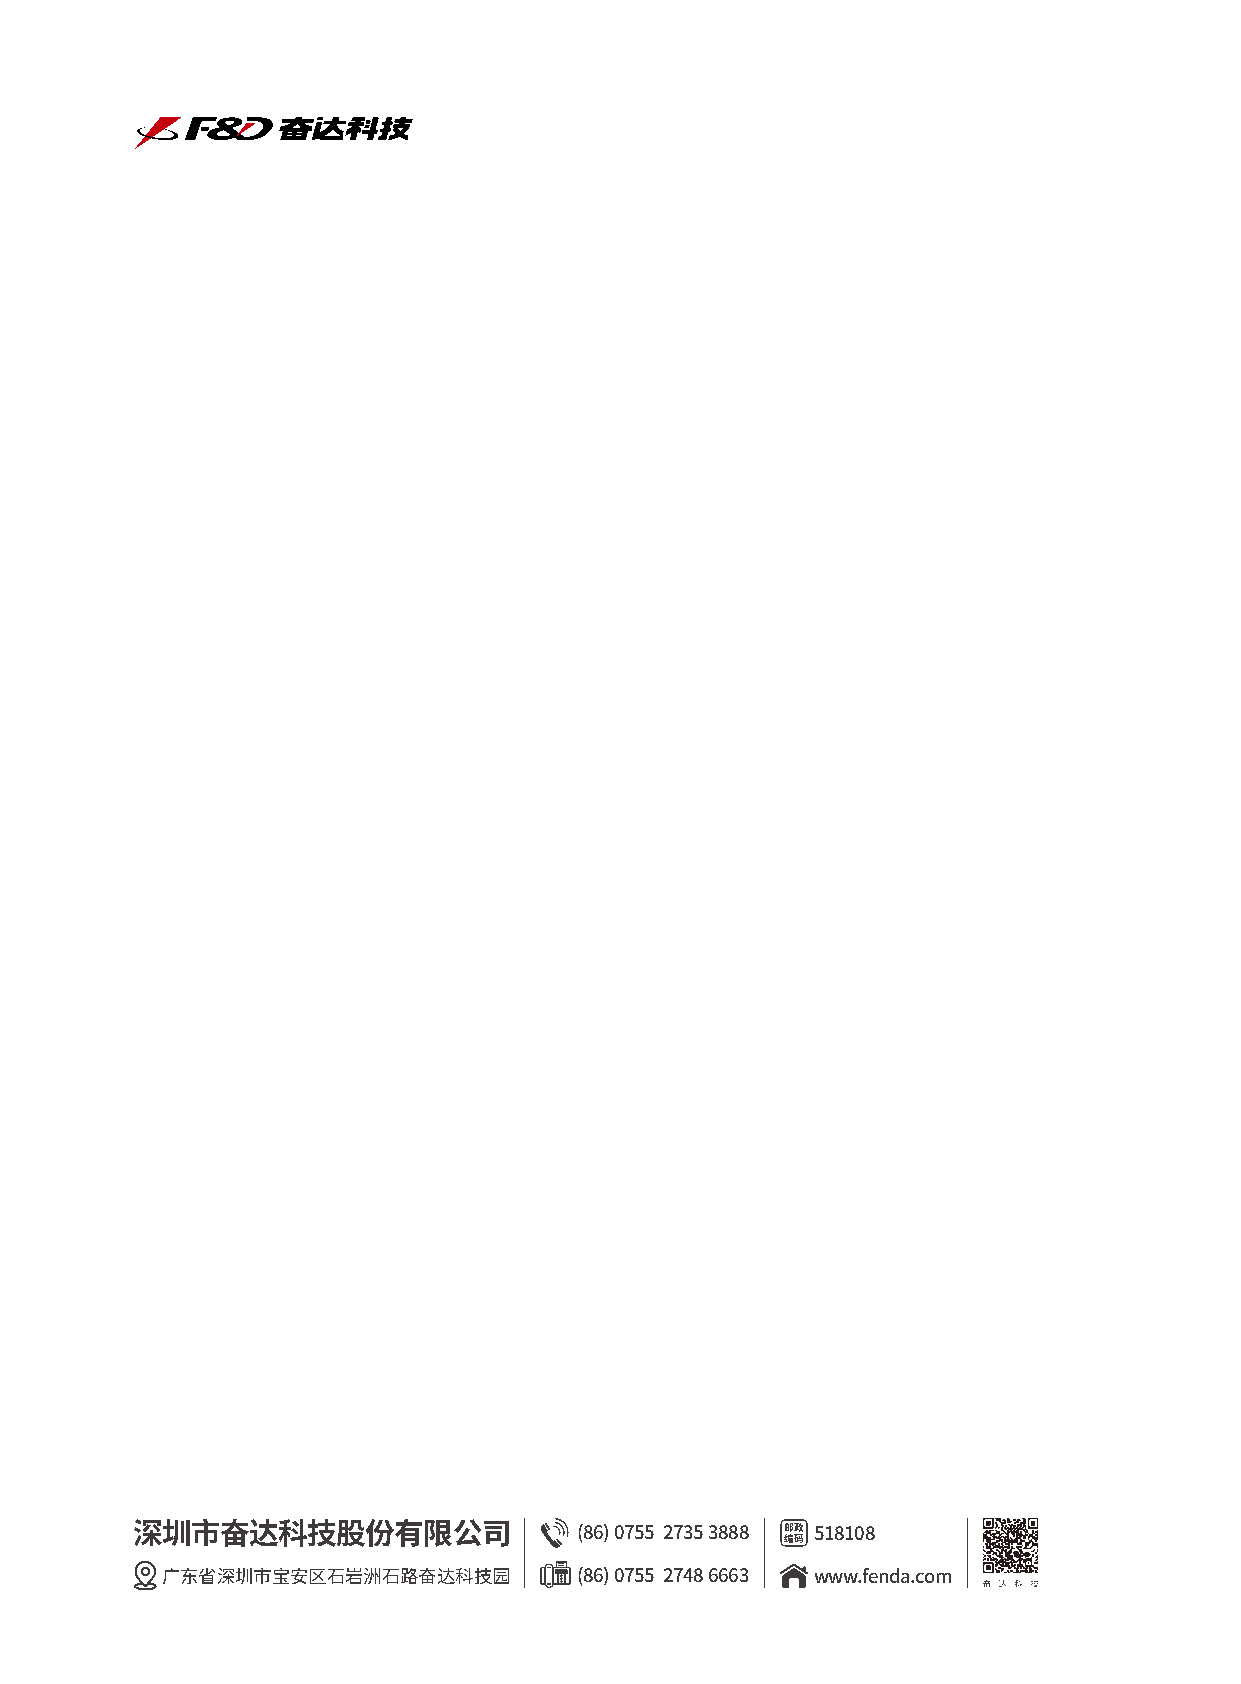
2020年
 第3季内刊
 尊重、诚信、创新，成就客户、成就企业、成就员工             奋达科技: 主营业务发展稳健   现金流充裕迎行业高景气周期
 Respect, integrity and innovation are the key elements to satisfy customers,
 to accomplish businesses and to fulfill employees. 业绩补偿增厚5.71亿利润总额 2020年盈利是大概率事件
 奋达科技董事长肖奋先生谈疫情之下电声企业现状与发展
 深圳市奋达科技股份有限公司                (86)075527353888 邮政 518108
 编码
 ⼴东省深圳市宝安区⽯岩洲⽯路奋达科技园        (86)075527486663 www.fenda.com